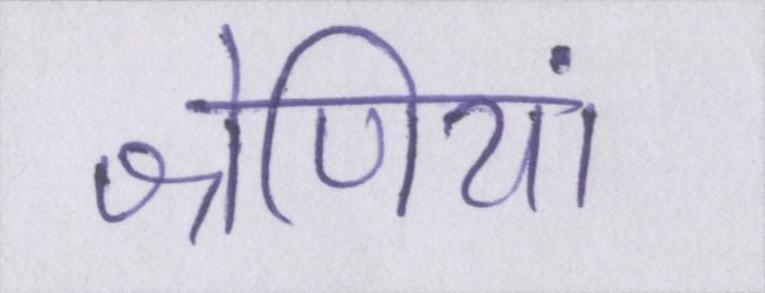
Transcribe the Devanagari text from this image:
श्रेणियां